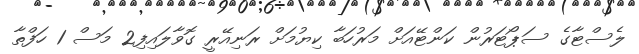
ލެސްޓާގެ ސަޕޯޓަރުން ކަންޓޭއަށް މަރުހަބާ ކިޔުމަށް ރަނިއޭރީ ގޮވާލައިފި2 މަސް 1 ހަފްތާ